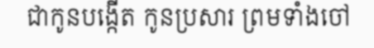
ជាកូនបង្កើត កូនប្រសារ ព្រមទាំងចៅ